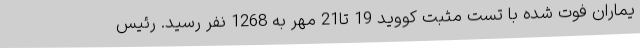
یماران فوت شده با تست مثبت کووید 19 تا21 مهر به 1268 نفر رسید. رئیس